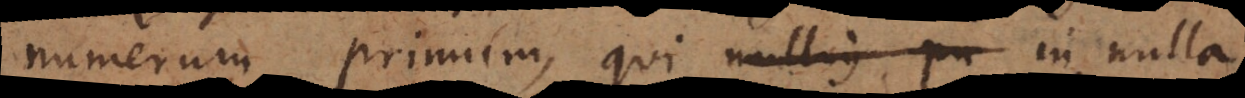
numerum primum, qui in nulla